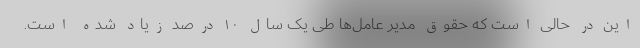
این در حالی است که حقوق مدیر عامل‌ها طی یک سال ۱۰ درصد زیاد شده است.